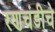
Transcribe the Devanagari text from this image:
रणचंडीचे